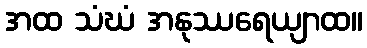
အထ သံဃံ အနုဿရေယျာထ။